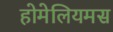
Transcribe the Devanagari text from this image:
होमेलियमस